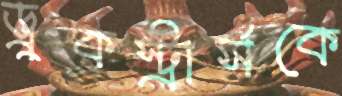
ড্রুকস্ট্রার্সকে